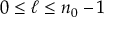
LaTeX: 0 \leq \ell \leq n _ { 0 } - 1